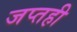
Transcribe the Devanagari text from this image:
जप्‍तही